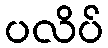
ပလိပ်